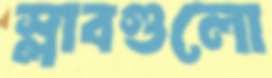
স্লাবগুলো